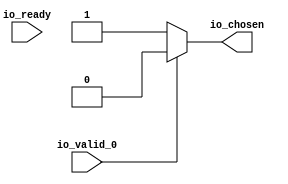
module RREncode_14(
    input  io_valid_0,
    output io_chosen,
    input  io_ready);
  wire choose;
  assign io_chosen = choose;
  assign choose = io_valid_0 ? 1'h0 : 1'h1;
endmodule